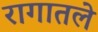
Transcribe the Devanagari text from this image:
रागातले